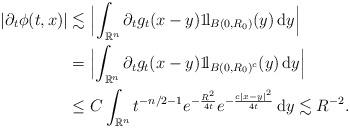
LaTeX: \begin{align*}|\partial_t \phi(t,x)| &\lesssim \Bigl|\int_{{\mathbb{R}}^n}\partial_t g_t(x-y)1\!{\rm l}_{B(0,R_0)}(y)\,{\rm d}y\Bigr|\\&= \Bigl|\int_{{\mathbb{R}}^n}\partial_t g_t(x-y)1\!{\rm l}_{B(0,R_{0})^c}(y)\,{\rm d}y\Bigr|\\ & \le C\int_{{\mathbb{R}}^n} t^{-n/2-1}e^{-\frac{R^2}{4t}} e^{-\frac{c|x-y|^2}{4t}}\,{\rm d}y\lesssim R^{-2}.\end{align*}